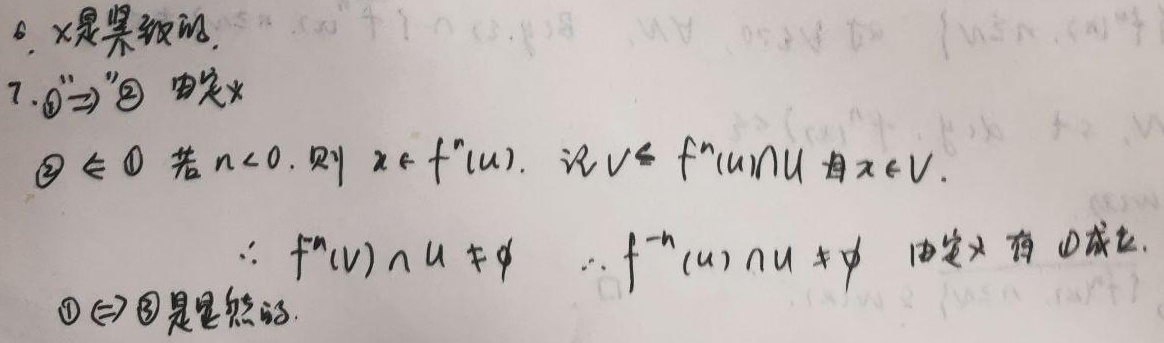
6. \(X\) 是紧致的.
7. \textcircled{1} \(\Rightarrow\) \textcircled{2} 由定义。\textcircled{2} \(\Leftarrow\) \textcircled{1} 若 \(n < 0\)，则 \(x\in f^{n}(U)\)。记 \(V\subseteq f^{n}(U)\cap U\) 且 \(x\in V\)。
\(\therefore f^{n}(V)\cap U\neq\varnothing\)，\(\therefore f^{-n}(U)\cap U\neq\varnothing\)。由定义有\textcircled{1}成立。
\textcircled{1} \(\Leftrightarrow\) \textcircled{2} 是显然的。